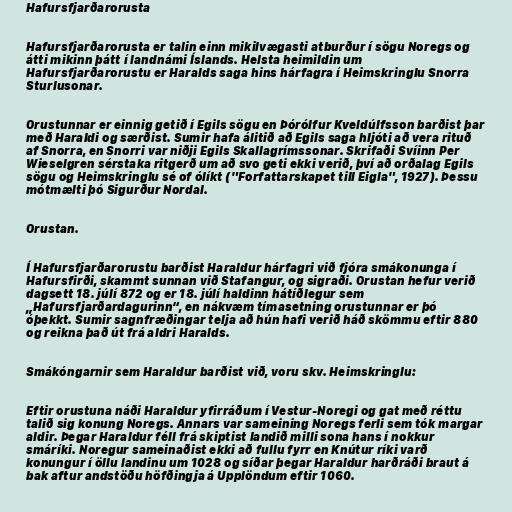
Hafursfjarðarorusta

Hafursfjarðarorusta er talin einn mikilvægasti atburður í sögu Noregs og
átti mikinn þátt í landnámi Íslands. Helsta heimildin um
Hafursfjarðarorustu er Haralds saga hins hárfagra í Heimskringlu Snorra
Sturlusonar.

Orustunnar er einnig getið í Egils sögu en Þórólfur Kveldúlfsson barðist þar
með Haraldi og særðist. Sumir hafa álitið að Egils saga hljóti að vera rituð
af Snorra, en Snorri var niðji Egils Skallagrímssonar. Skrifaði Svíinn Per
Wieselgren sérstaka ritgerð um að svo geti ekki verið, því að orðalag Egils
sögu og Heimskringlu sé of ólíkt ("Forfattarskapet till Eigla", 1927). Þessu
mótmælti þó Sigurður Nordal.

Orustan.

Í Hafursfjarðarorustu barðist Haraldur hárfagri við fjóra smákonunga í
Hafursfirði, skammt sunnan við Stafangur, og sigraði. Orustan hefur verið
dagsett 18. júlí 872 og er 18. júlí haldinn hátíðlegur sem
„Hafursfjarðardagurinn“, en nákvæm tímasetning orustunnar er þó
óþekkt. Sumir sagnfræðingar telja að hún hafi verið háð skömmu eftir 880
og reikna það út frá aldri Haralds.

Smákóngarnir sem Haraldur barðist við, voru skv. Heimskringlu:

Eftir orustuna náði Haraldur yfirráðum í Vestur-Noregi og gat með réttu
talið sig konung Noregs. Annars var sameining Noregs ferli sem tók margar
aldir. Þegar Haraldur féll frá skiptist landið milli sona hans í nokkur
smáríki. Noregur sameinaðist ekki að fullu fyrr en Knútur ríki varð
konungur í öllu landinu um 1028 og síðar þegar Haraldur harðráði braut á
bak aftur andstöðu höfðingja á Upplöndum eftir 1060.